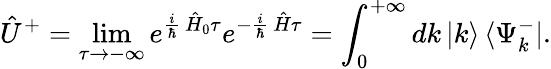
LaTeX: \hat{U}^{+}=\operatorname*{lim}_{\tau\to-\infty}e^{\frac{i}{\hbar}\, \hat{H}_{0}\tau}e^{-\frac{i}{\hbar}\, \hat{H}\tau}=\int_{0}^{+\infty}dk\, |k\rangle\, \langle\Psi_{k}^{-}|.